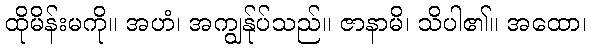
ထိုမိန်းမကို။ အဟံ၊ အကျွန်ုပ်သည်။ ဇာနာမိ၊ သိပါ၏။ အထော၊